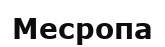
Месропа